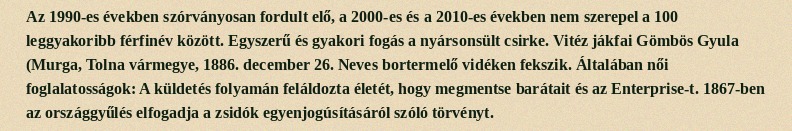
Az 1990-es években szórványosan fordult elő, a 2000-es és a 2010-es években nem szerepel a 100 leggyakoribb férfinév között. Egyszerű és gyakori fogás a nyársonsült csirke. Vitéz jákfai Gömbös Gyula (Murga, Tolna vármegye, 1886. december 26. Neves bortermelő vidéken fekszik. Általában női foglalatosságok: A küldetés folyamán feláldozta életét, hogy megmentse barátait és az Enterprise-t. 1867-ben az országgyűlés elfogadja a zsidók egyenjogúsításáról szóló törvényt.